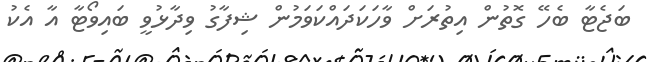
ބަޖެޓާ ބެހޭ ގޮތުން އިތުރަށް ވާހަކަދައްކަވަމުން ޝިފާގު ވިދާޅުވީ ބައިވޯޓާ އާ އެކު